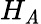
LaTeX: H_{\mathit{A}}